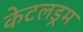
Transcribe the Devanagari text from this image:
केटलड्रम